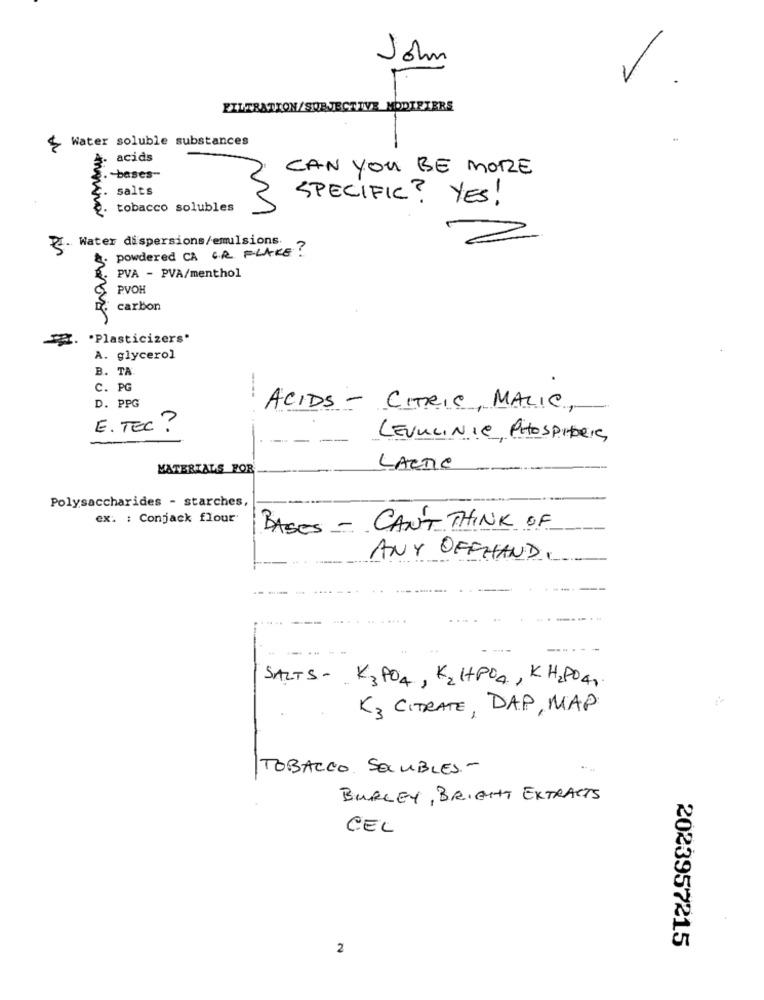
John
FILTRATION/SUBJECTIVE MODIFIERS
Water soluble substances
acids
CAN YOU BE MORE
bases"
salts
SPECIFIC ? YES!
tobacco solubles
1
R. Water dispersions/emulsions.
powdered CA C.R. FLAKE ?
PVA - PVA/menthol
PVOH
carbon
. "Plasticizers'
A. glycerol
B. TA
C. PG
D. PPG
ACIDS - CITRIC, MALIC,
-
E. TEC?
-
LEVULINIC, PHOSPHbeia
MATERIALS FOR
LACTIC
Polysaccharides - starches,
ex. : Conjack flour
BASES - CAN'T THINK OF
ANY OFFHAND.
SALTS- K3PO4, K2HPO4, KH2PO4,
K3 CITRATE, DAP, MAP
TOBACCO SOLUBLES -
--
BURLEY, BRIGHT EXTRACTS
CEL
2
2023957215